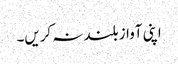
اپنی آواز بلند نہ کریں۔